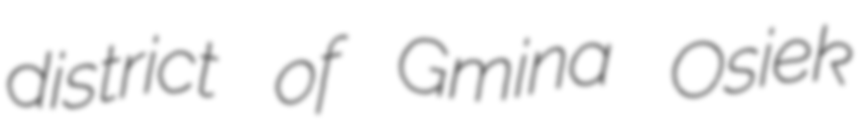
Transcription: district of Gmina Osiek